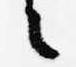
々